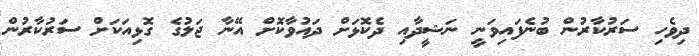
ދިވެހި ސަރުކާރުން ބުނެފައިވަނީ ނަޝީދާއި ދެކޮޅަށް ދައުވާކޮށް އޭނާ ޖަލުގެ ގޮޅިއަކަށް ސަރުކާރުން